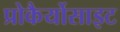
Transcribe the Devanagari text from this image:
प्रोकैर्योसाइट